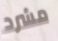
مشرد